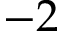
- 2